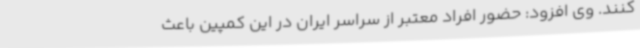
کنند. وی افزود: حضور افراد معتبر از سراسر ایران در این کمپین باعث